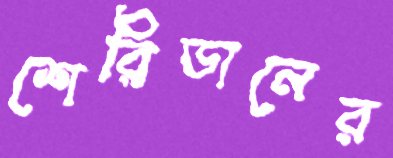
শেরিডানের